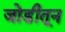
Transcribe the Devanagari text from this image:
जोडीतून